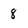
Character: 8